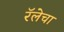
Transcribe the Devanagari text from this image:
रॅलेचा